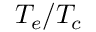
T _ { e } / T _ { c }